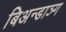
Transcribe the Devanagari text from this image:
बिअन्डाञ्ग